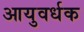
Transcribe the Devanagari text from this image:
आयुवर्धक